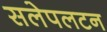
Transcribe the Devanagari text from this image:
सलेपलटन